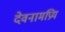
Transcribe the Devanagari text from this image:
देवनामप्रिय